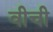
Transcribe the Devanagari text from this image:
वीची